Rangoon Lunatic Asylum 1878-1892 - 1878-1892
Year: 1878
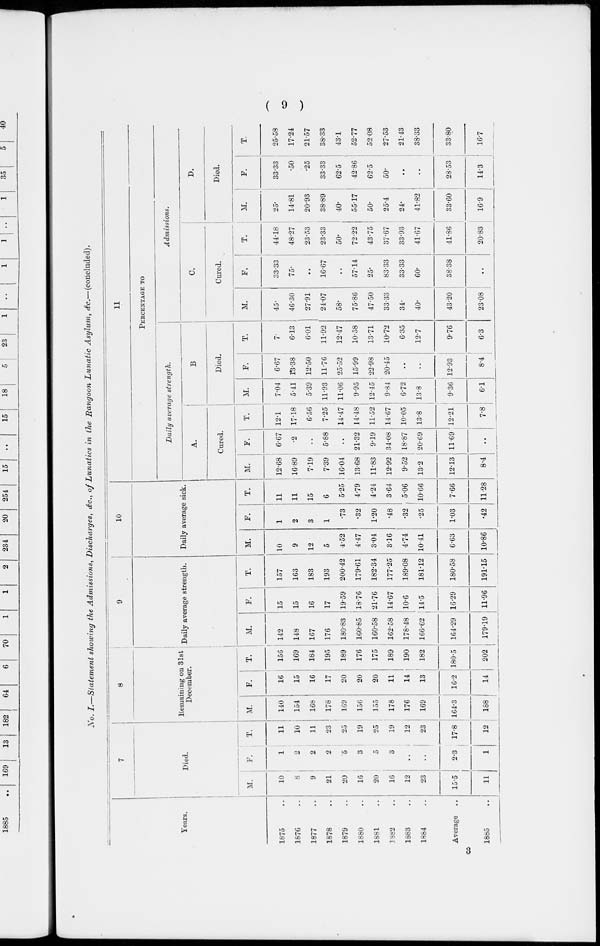
( 9 )
No. I.—Statement showing the Admissions, Discharges, &c., of Lunatics in the Rangoon Lunatic Asylum, &c.—(concluded).
Years.
1875 ..
1876 ..
1877 ..
1878 ..
1879 ..
1880 ..
1881 ..
1882 ..
1883 ..
1884 ..
Average ..
1885 ..
7
Died.
M.
10
8
9
21
20
16
20
16
12
23
15.5
11
F.
1
2
2
2
5
3
5
3
..
..
2.3
1
T.
11
10
11
23
25
19
25
19
12
23
17.8
12
8
Remaining on 31st
December.
M.
140
154
168
178
169
156
155
178
176
169
164.3
188
F.
16
15
16
17
20
20
20
11
14
13
16.2
14
T.
156
169
184
195
189
176
175
189
190
182
180.5
202
9
Daily average strength.
M.
142
148
167
176
180.83
160.85
160.58
162.58
178.48
166.62
164.29
179.19
F.
15
15
16
17
19.59
18.76
21.76
14.67
10.6
14.5
16.29
11.96
T.
157
163
183
193
200.42
179.61
182.34
177.25
189.08
181.12
180.58
191.15
10
Daily average sick.
M.
10
9
12
5
4.52
4.47
3.04
3.16
4.74
10.41
6.63
10.86
F.
1
2
3
1
.73
.32
1.20
.48
.32
.25
1.03
.42
T.
11
11
15
6
5.25
4.79
4.24
3.64
5.06
10.66
7.66
11.28
11
PERCENTAGE TO
Daily average strength.
A.
Cured.
M.
12.68
16.89
7.19
7.39
16.04
13.68
11.83
12.92
9.52
13.2
12.13
8.4
F.
6.67
.2
..
5.88
..
21.32
9.19
34.08
18.87
20.69
11.69
..
T.
12.1
17.18
6.56
7.25
14.47
14.48
11.52
14.67
10.05
13.8
12.21
7.8
B
Died.
M.
7.04
5.41
5.39
11.93
11.06
9.95
12.45
9.84
6.72
13.8
9.36
6.1
F.
6.67
13.38
12.50
11.76
25.52
15.99
22.98
20.45
..
..
12.93
8.4
T.
7.
6.13
6.01
11.92
12.47
10.58
13.71
10.72
6.35
12.7
9.76
6.3
Admissions.
C.
Cured.
M.
45.
46.30
27.91
24.07
58.
75.86
47.50
33.33
34.
40.
43.20
23.08
F.
33.33
75.
..
16.67
..
57.14
25.
83.33
33.33
60.
38.38
..
T.
44.18
48.27
23.53
23.33
50.
72.22
43.75
37.67
33.93
41.67
41.86
20.83
D.
Died.
M.
25.
14.81
20.93
38.89
40.
55.17
50.
25.4
24.
41.82
33.60
16.9
F.
33.33
.50
.25
33.33
62.5
42.86
62.5
50.
..
..
28.53
14.3
T.
25.58
17.24
21.57
38.33
43.1
52.77
52.08
27.53
21.43
38.33
33.80
16.7